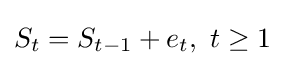
S_{t}=S_{t-1}+e_{t},\ t\geq 1